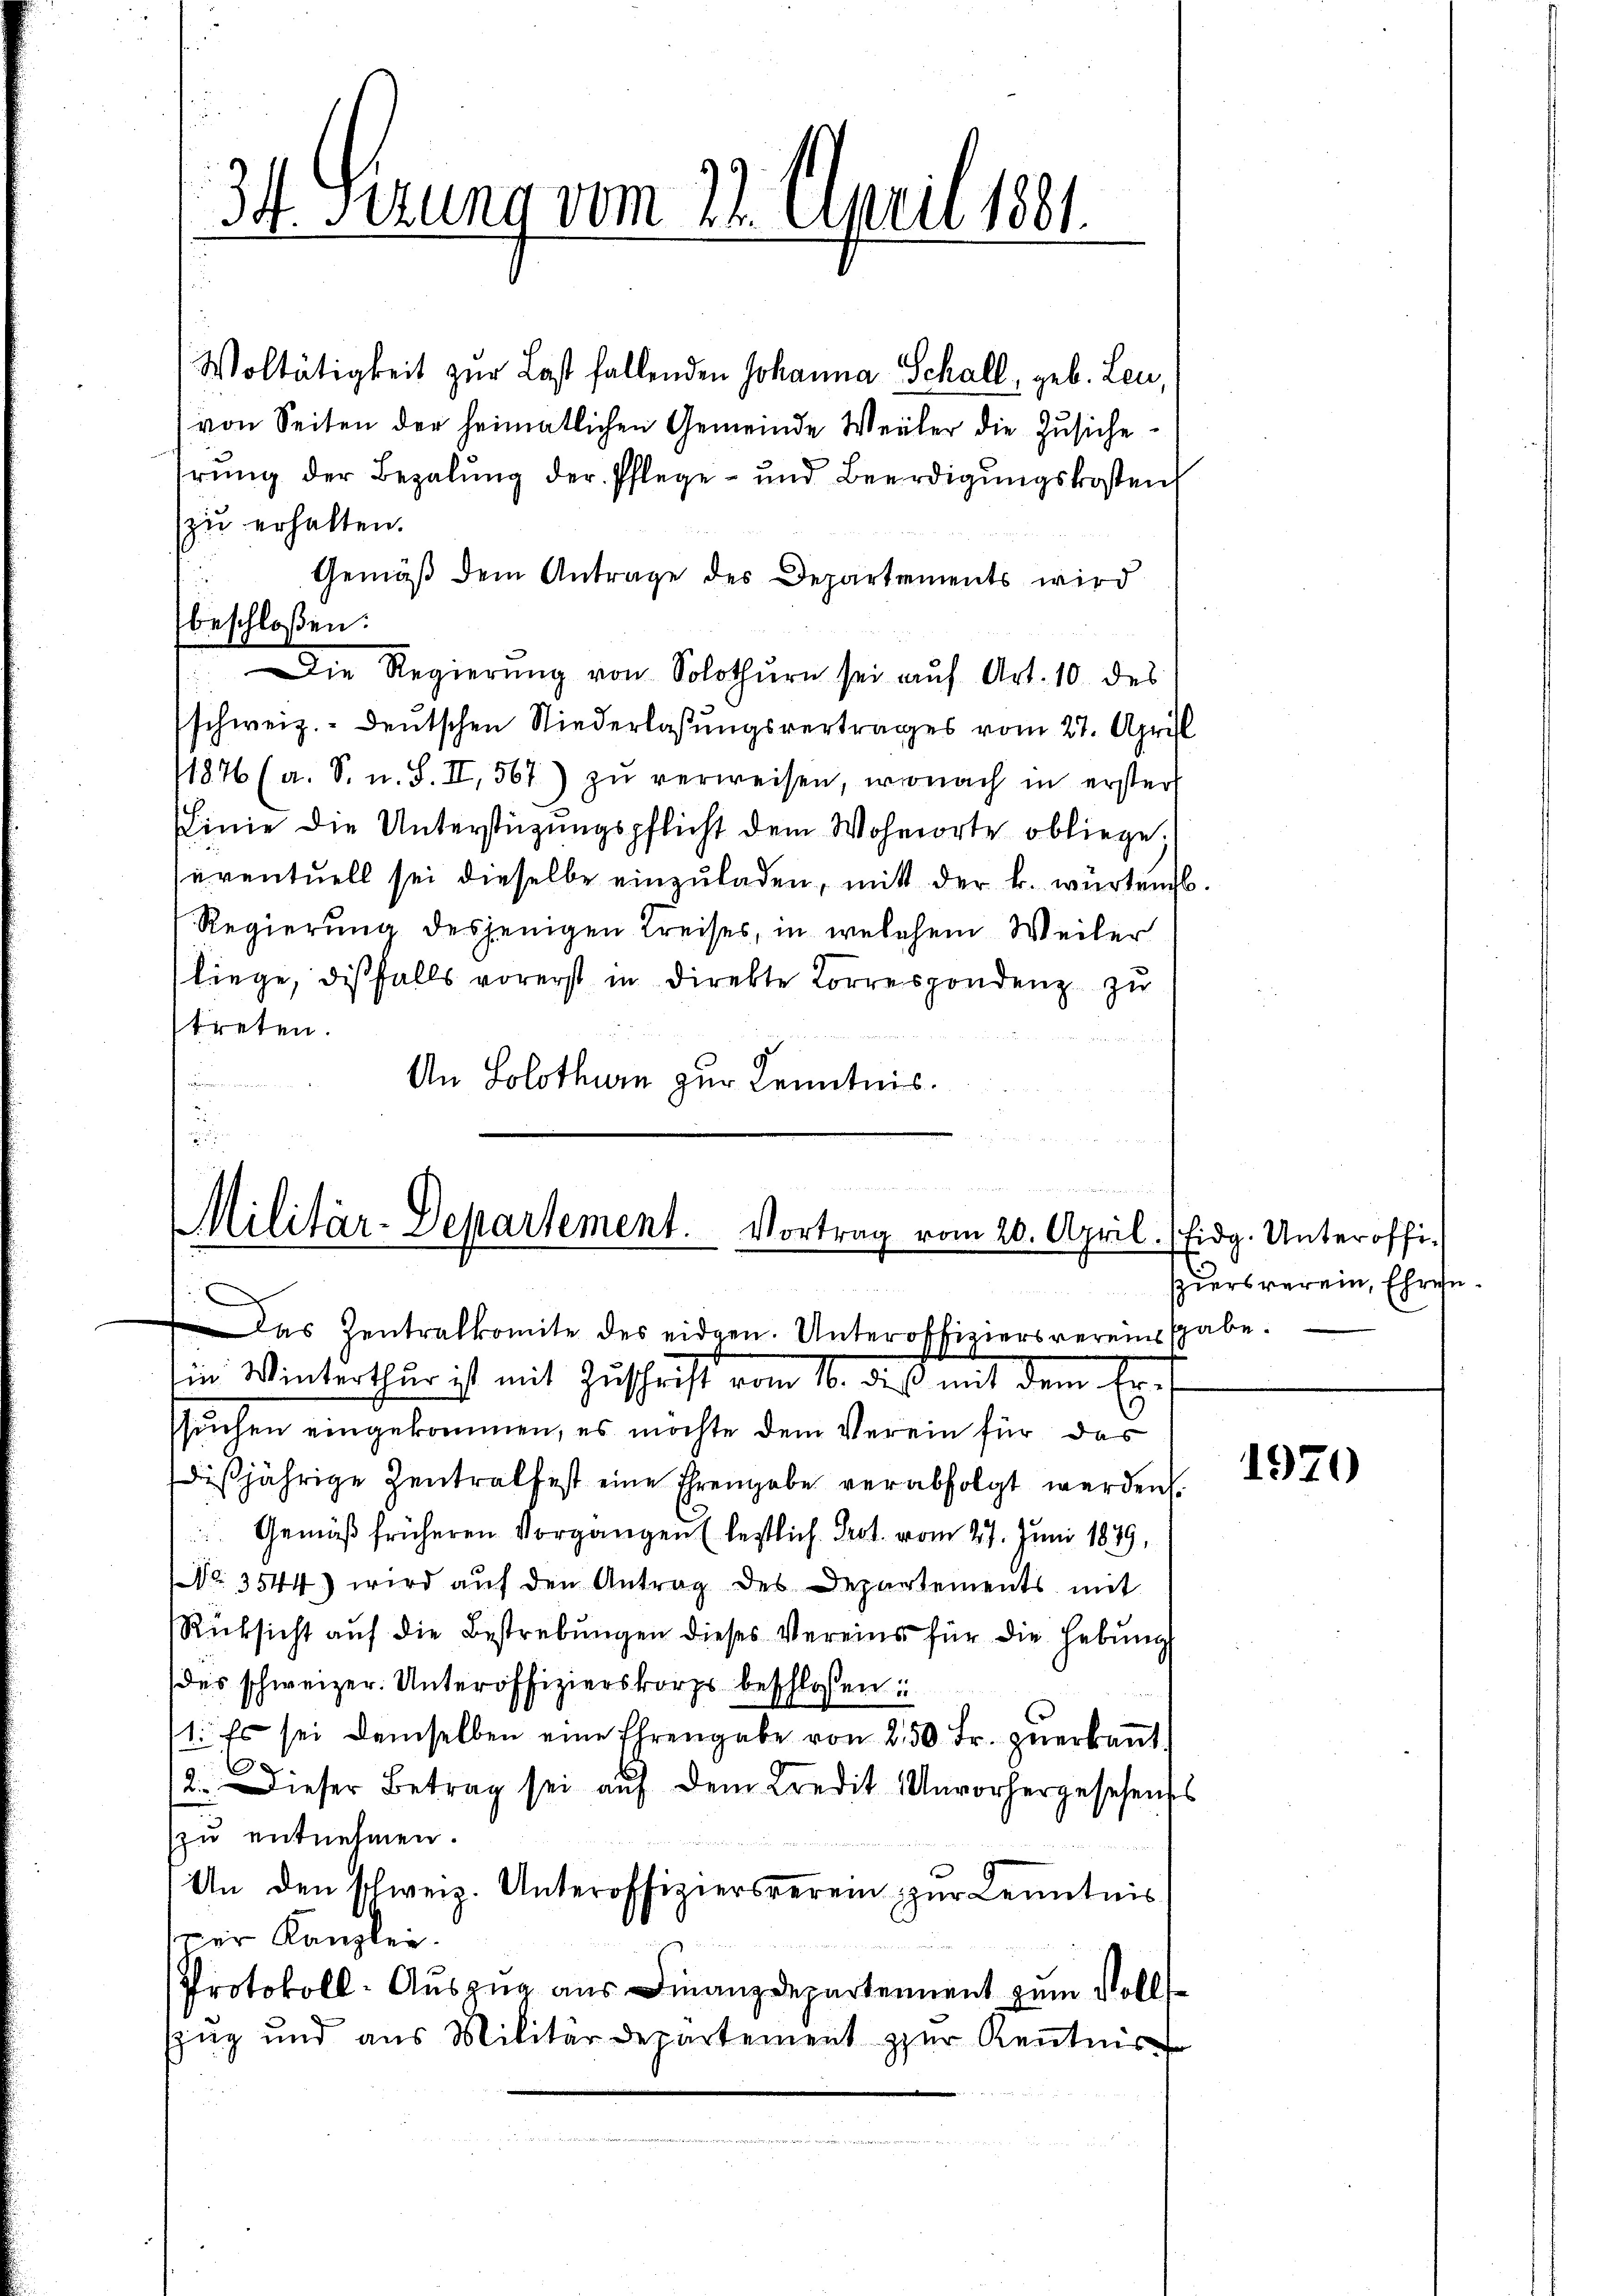
34. Serung vom 12. April 1881.

Woltätigkeit zur Last fallenden Johanna Schall, geb. Leu,
von Seiten der heimatlichen Gemeinde Weiler die Zŭsiche
hrung der Bezalung der Pflege- und Beerdigungskosten
zu erhalten.
Gemäß dem Antrage des Departements wird
Die Regierŭng von Solothurn sei auf Art. 10. des
schweiz.- deutschen Niederlassŭngsvertrages vom 27. Aprill
1876 (a. S. u. S. II, 561) zŭ verweisen, wonach in erster
(Linie die Unterstützungspflicht dem Wohnorte obliege.
seventuell sei dieselbe einzuladen, mit der k. würtemb.
Regierung desjenigen Kreises, in welchem Weiler
liege, diesfalls vorerst in direkte Korrespondenz zu
streten.
An Solothurn zur Kenntnis.

beschloßen:

d.
Militär-Departement.
Vortrag vom 20. April. (Fidg. Unteroffi¬

Das Zentralkomite des eidgen. Unteroffiziersvereins habe.
in Winterthur ist mit Zuschrift vom 16. daß mit dem Er-
suchen eingekommen, es möchte dem Verein für das
dießjährige Zentralfest eine Ehrengabe verabfolgt werden.
Gemäß früheren Vorgangen (lestlich Prot. vom 27. Juni 1839,
Nr. 3544) wird auf den Antrag des Departements mit
Rüksicht auf die Bestrebungen dieses Vereins für die Hebung
des schweizer. Unteroffizierskorps beschlossen:
1. Es sei demselben eine Ehrengabe von 250 Fr. zuerkannt.
2. Dieser Betrag sei auf dem Kredit Unvorhergesehenss
zu entnehmen.
An den schweiz. Unteroffiziersverei zŭr Kenntnis
per Kanzlei.
Protokoll-Auszug aus Finanzdepartement zum Voll¬
Zug und aus Militärdepartement zur Kenntnis

ziers verein, Ehren.

1970